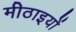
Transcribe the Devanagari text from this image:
मीठाइयों